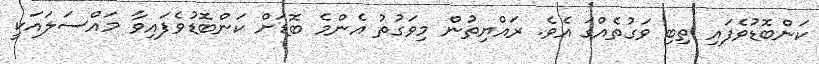
ކަންބޮޑުވެފައި ތިބި ވަގުތެއްގަ އެވެ. ރައްޔިތުން މިވަގުތު އެންމެ ބޮޑަށް ކަންބޮޑުވެފައިވާ މައްސަލައަކީ